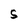
Character: S